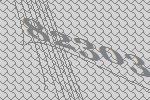
82303